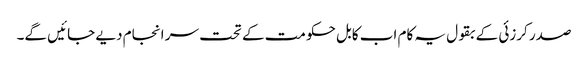
صدر کرزئی کے بقول یہ کام اب کابل حکومت کے تحت سر انجام دیے جائیں گے۔